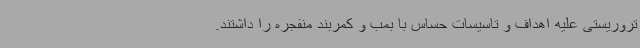
تروریستی علیه اهداف و تاسیسات حساس با بمب و کمربند منفجره را داشتند.